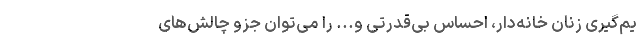
یم‌گیری زنان خانه‌دار، احساس بی‌قدرتی و... را می‌توان جزو چالش‌های